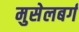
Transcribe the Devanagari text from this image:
मुसेलबर्ग